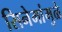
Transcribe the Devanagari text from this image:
सिनेमांमुळे